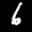
Label: 6